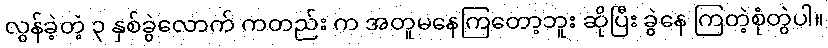
လွန်ခဲ့တဲ့ ၃ နှစ်ခွဲလောက် ကတည်း က အတူမနေကြတော့ဘူး ဆိုပြီး ခွဲနေ ကြတဲ့စုံတွဲပါ။